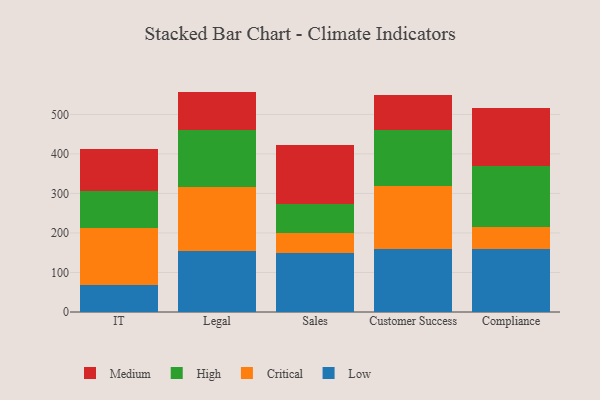
{"axis": {"x": "Department", "y": "Satisfaction Score"}, "legend": ["Critical", "High", "Low", "Medium"], "data": [{"x": "IT", "y": 68.1, "type": "Low"}, {"x": "IT", "y": 144.1, "type": "Critical"}, {"x": "IT", "y": 94.3, "type": "High"}, {"x": "IT", "y": 106.2, "type": "Medium"}, {"x": "Legal", "y": 154.2, "type": "Low"}, {"x": "Legal", "y": 161.8, "type": "Critical"}, {"x": "Legal", "y": 143.4, "type": "High"}, {"x": "Legal", "y": 98.4, "type": "Medium"}, {"x": "Sales", "y": 149.5, "type": "Low"}, {"x": "Sales", "y": 51.0, "type": "Critical"}, {"x": "Sales", "y": 73.2, "type": "High"}, {"x": "Sales", "y": 148.5, "type": "Medium"}, {"x": "Customer Success", "y": 158.8, "type": "Low"}, {"x": "Customer Success", "y": 159.5, "type": "Critical"}, {"x": "Customer Success", "y": 143.1, "type": "High"}, {"x": "Customer Success", "y": 87.8, "type": "Medium"}, {"x": "Compliance", "y": 158.5, "type": "Low"}, {"x": "Compliance", "y": 57.9, "type": "Critical"}, {"x": "Compliance", "y": 152.9, "type": "High"}, {"x": "Compliance", "y": 146.9, "type": "Medium"}]}